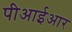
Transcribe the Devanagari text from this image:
पीआईआर